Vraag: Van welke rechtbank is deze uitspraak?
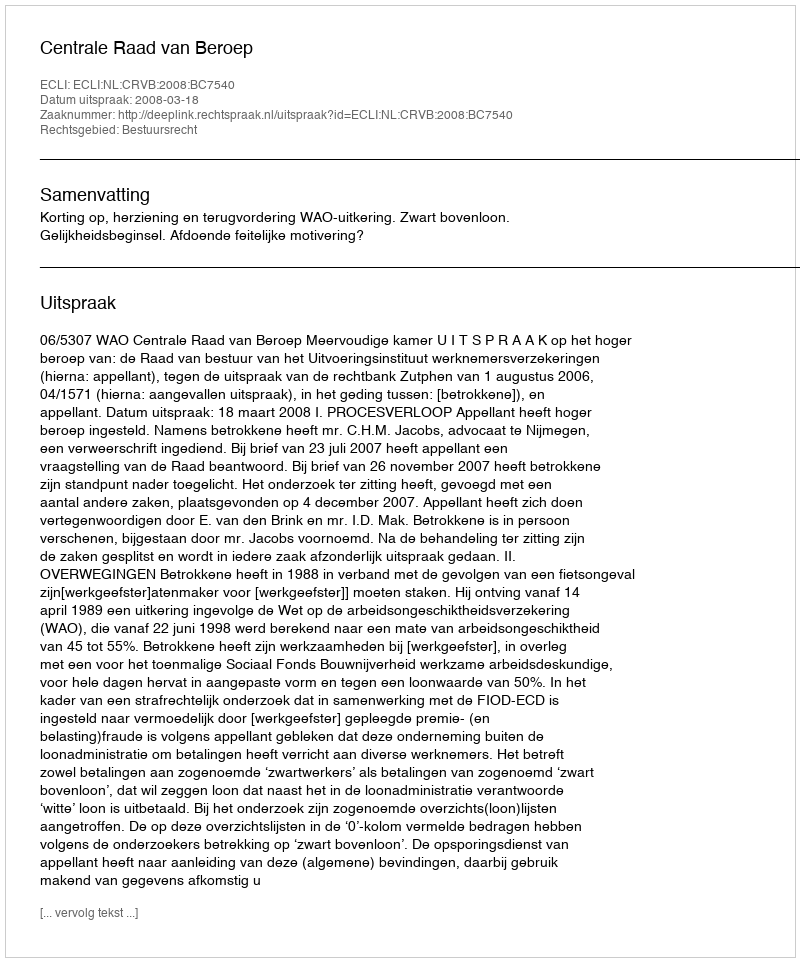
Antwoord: Centrale Raad van Beroep